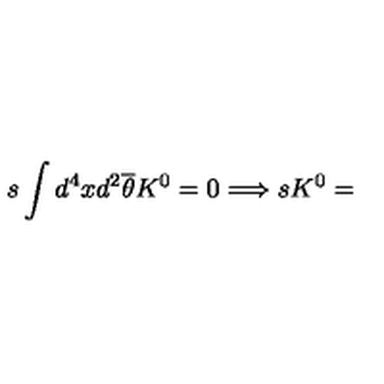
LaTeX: s \int d ^ { 4 } x d ^ { 2 } \overline { { \theta } } K ^ { 0 } = 0 \Longrightarrow s K ^ { 0 } =